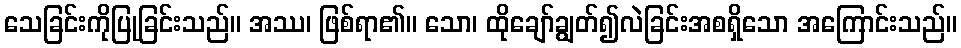
သေခြင်းကိုပြုခြင်းသည်။ အဿ၊ ဖြစ်ရာ၏။ သော၊ ထိုချော်ချွတ်၍လဲခြင်းအစရှိသော အကြောင်းသည်။